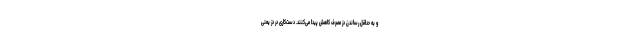
و به حداقل رساندن دُز مصرف کاهش پیدا می‌کنند. دست‌کاری در دُز یعنی